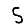
Digit: 5